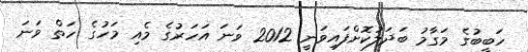
ހަބީބުގެ މަގާމު ބަދަލުކޮށްފައިވަނީ 2012 ވަނަ އަހަރުގެ މެއި މަހުގެ ހަތް ވަނަ